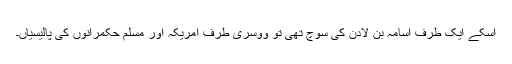
اسکے ایک طرف اسامہ بن لادن کی سوچ تھی تو ووسری طرف امریکہ اور مسلم حکمرانوں کی پالیسیاں۔